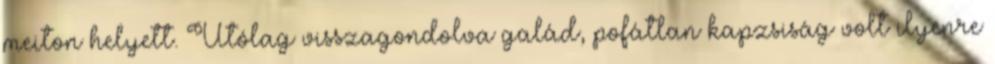
meiton helyett. Utólag visszagondolva galád, pofátlan kapzsiság volt ilyenre